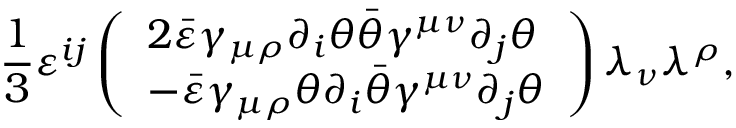
\frac 1 3 \varepsilon ^ { i j } \left( \begin{array} { l } { { 2 \bar { \varepsilon } \gamma _ { \mu \rho } \partial _ { i } \theta \bar { \theta } \gamma ^ { \mu \nu } \partial _ { j } \theta } } \\ { { - \bar { \varepsilon } \gamma _ { \mu \rho } \theta \partial _ { i } \bar { \theta } \gamma ^ { \mu \nu } \partial _ { j } \theta } } \end{array} \right) \lambda _ { \nu } \lambda ^ { \rho } ,